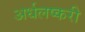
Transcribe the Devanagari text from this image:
अर्धलष्करी